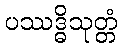
ပဿဒ္ဓိသုတ္တံ